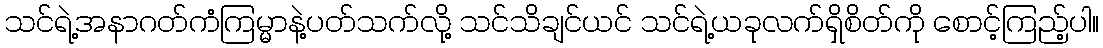
သင်ရဲ့အနာဂတ်ကံကြမ္မာနဲ့ပတ်သက်လို့ သင်သိချင်ယင် သင်ရဲ့ယခုလက်ရှိစိတ်ကို စောင့်ကြည့်ပါ။